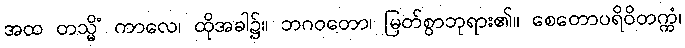
အထ တသ္မိံ ကာလေ၊ ထိုအခါ၌။ ဘဂဝတော၊ မြတ်စွာဘုရား၏။ စေတောပရိဝိတက္ကံ၊